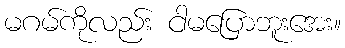
မဂမ်ကိုလည်း ငါမပြောဘူးအေး။